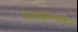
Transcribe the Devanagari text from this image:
परमात्ममय